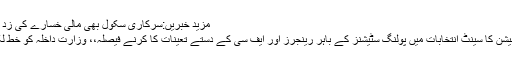
مزید خبریں:سرکاری سکول بھی مالی خسارے کی زد میں آگئے
الیکشن کمیشن کا سینٹ انتخابات میں پولنگ سٹیشنز کے باہر رینجرز اور ایف سی کے دستے تعینات کا کرنے فیصلہ،، وزارت داخلہ کو خط لکھ دیا گیا۔